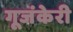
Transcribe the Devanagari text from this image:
गूजंकेरी